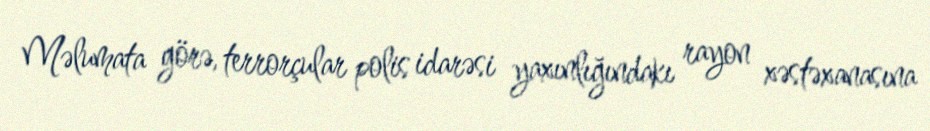
Məlumata görə, terrorçular polis idarəsi yaxınlığındakı rayon xəstəxanasına